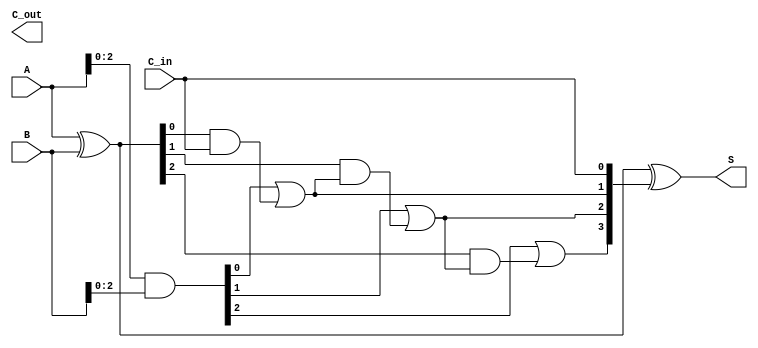
module Parallel_Prefix_Adder #(parameter n = 4) (
    input [n-1:0] A,
    input [n-1:0] B,
    input C_in,
    output [n-1:0] S,
    output C_out
);

    // Generate and Propagate signals
    wire [n-1:0] G; // Generate
    wire [n-1:0] P; // Propagate
    wire [n:0] C;   // Carry signals

    // Generate and Propagate computation
    assign G = A & B;          // G_i = A_i * B_i
    assign P = A ^ B;          // P_i = A_i + B_i (XOR for propagate)

    // Carry computation using Kogge-Stone method
    assign C[0] = C_in; // Carry-in

    genvar i;
    generate
        // First level of carry computation
        for (i = 0; i < n-1; i = i + 1) begin: level1
            assign C[i+1] = G[i] | (P[i] & C[i]);
        end
    endgenerate

    // Sum computation
    assign S = P ^ C[n-1:0]; // S_i = P_i ^ C_{i-1}

    // Carry-out
    assign C_out = C[n]; // Last carry-out

endmodule